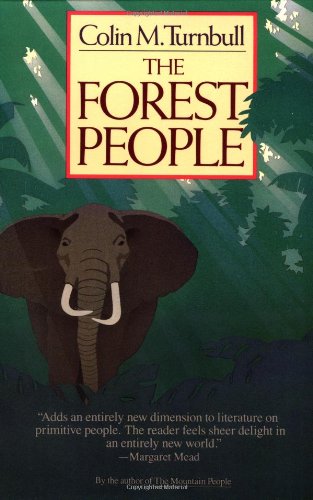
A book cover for The Forest People; Colin Turnbull; History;